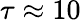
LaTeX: \tau\approx 10